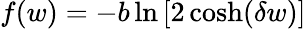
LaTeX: f(w)=-b\ln\left[2\cosh(\delta w)\right]